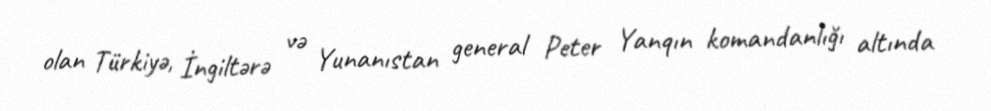
olan Türkiyə, İngiltərə və Yunanıstan general Peter Yanqın komandanlığı altında